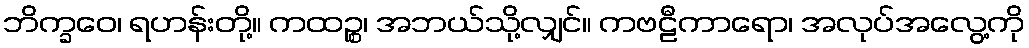
ဘိက္ခဝေ၊ ရဟန်းတို့။ ကထဉ္စ၊ အဘယ်သို့လျှင်။ ကဗဠီကာရော၊ အလုပ်အလွေ့ကို